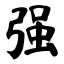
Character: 强